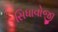
સિધાવોજી